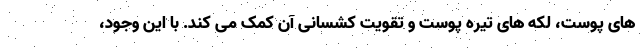
های پوست، لکه های تیره پوست و تقویت کشسانی آن کمک می کند. با این وجود،